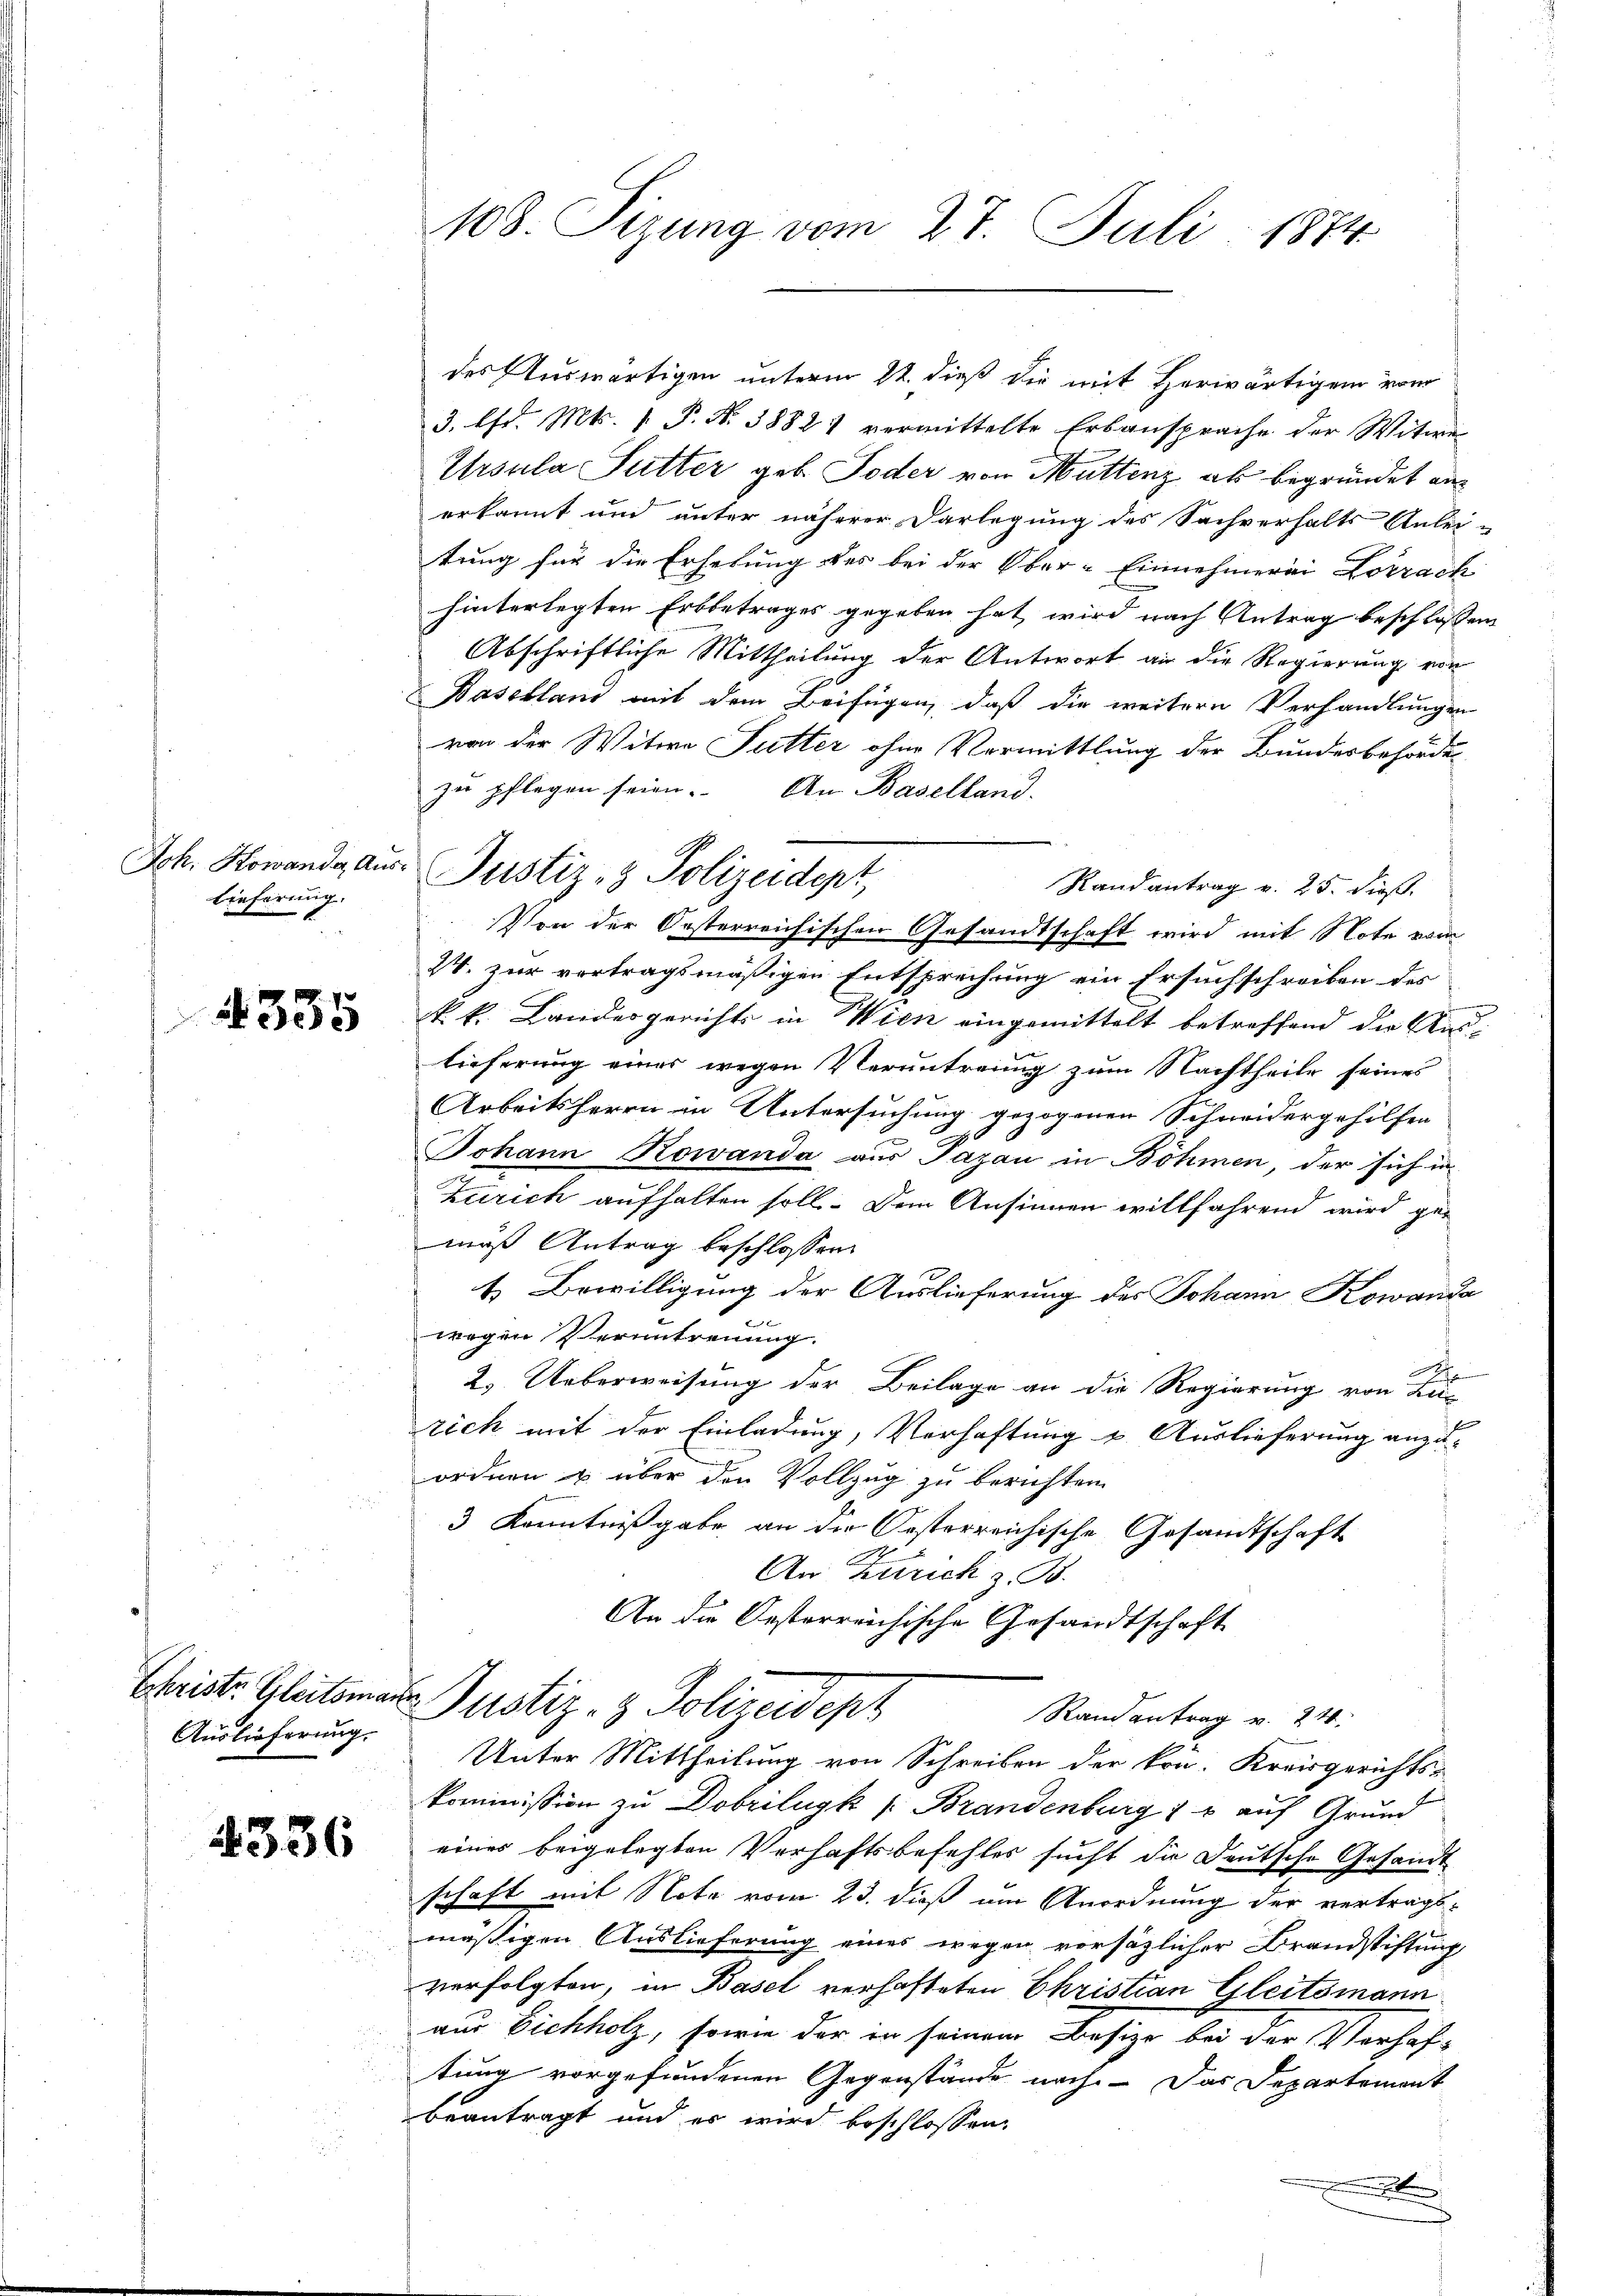
Joh. Kowande Aus¬
Lieferung.

335

Auslieferung.

4336

108. Sizung vom 27. Juli 1874

3. Chr. Mts. [ P. Nr. 38821 vermittelte Erbansprache der Witwe
Ursula Sutter geb. Toder von Muttenz als begründet an
erkannt und unter näherer Darlegung des Sachverhalts Anlei-
tung für die Erhebung des bei der Ober-Einnehmerei Lörrach
hinterlegten Erbbetrages gegeben hat, wird nach Antrag beschlossen
Abschriftliche Mittheilung der Antwort an die Regierung von
Baselland mit dem Beifügen, daß die weitere Verhandlungen
von der Witwe Futter ohne Vermittlung der Bundesbehörde
zu pflegen seien. An Baselland.
Randantrag v. 25. dieß.
Von der Oesterreichischen Gesandtschaft wird mit Note vom
24. zur vertragsmäßigen Entsprechung ein Ersuchschreiben des
k. k. Landesgerichts in Wien eingemittelt betreffend die Auslieferung eines wegen Veruntreung zum Nachtheile seines
Arbeitsherrn an Untersuchung gezogenen Schneidergehilfen
Johann Kowanda aus Pazau in Böhmen, der sich in
Zürich aufhalten soll. Dem Ansinnen willfahrend wird gemuß Antrag beschlossen:
t. Bewilligung der Auslieferung des Johann Kowanda

wegen Veruntrennung.
2. Ueberweisung der Beilage an die Regierung von Zu-
rich mit der Einladung, Verhaftung u. Auslieferung anzu-
ordnen u. über den Vollzug zu berichten.
3 Kenntnißgabe an die Oesterreichische Gesandtschaft
An Zürich z. B.
An die Oesterreichische Gesandtschaft
Christe Gleitsmar Justiz- & Polizeidept
Randantrag v. 24.
Unter Mittheilung von Schreiben der krä- Kreisgerichts-
kommission zu Dobrilugk s. Brandenburg 16 auf Grund
eines beigelegten Verhaftsbefehles sucht die Deutsche Gesandt
schaft mit Note vom 23. dieß am Anordnung der vertragsmäßigen Auslieferung eines wegen vorsätzlicher Brandstiftung
verfolgten, in Basel verhafteten Christian Gleitsmann
aus Eichholz, sowie der in seinem Besize bei der Verhaf-
tung vorgefundenen Gegenstände nach. Das Departement
beantragt und er wird beschlossen,
Benken

Justiz- & Polizeidept,

des Auswärtigen unterm 22. dieß die mit Herwärtigen vom